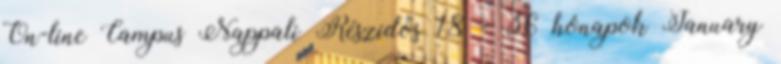
On-line Campus Nappali Részidős 18 - 36 hónapok January